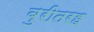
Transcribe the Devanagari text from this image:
बुरीतरह